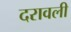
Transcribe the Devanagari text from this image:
दरावली